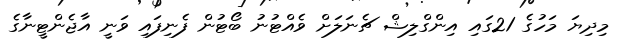
މިދިޔަ މަހުގެ 21ގައި އިންގްލިޝް ޗެނަލަށް ވެއްޓުނު ބޯޓުން ފެނިފައި ވަނީ އާޖެންޓީނާގެ